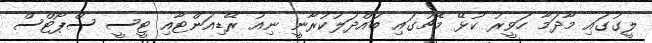
ލީގުގައި މާދަމާ ހަވީރު ކުޅޭ މެޗުގައި ބައްދަލުކުރާނީ ނިއު ރޭޑިއަންޓާއި ޓީސީ ސްޕޯޓްސް